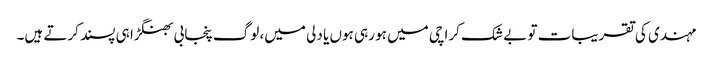
مہندی کی تقریبات تو بے شک کراچی میں ہو رہی ہوں یا دلی میں، لوگ پنجابی بھنگڑا ہی پسند کرتے ہیں۔